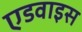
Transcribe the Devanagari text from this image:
एडवाइस